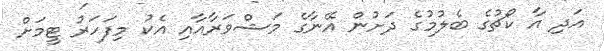
އަދި އާ ކޯޗުގެ ބެލުމުގެ ދަށުން އޭނާގެ މަޝްވަރާއާއި އެކު މިފަހަރު ޓީމަށް